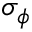
\sigma _ { \phi }